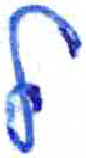
אות: ל